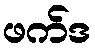
ဖက်ဒ